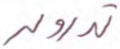
تدرون